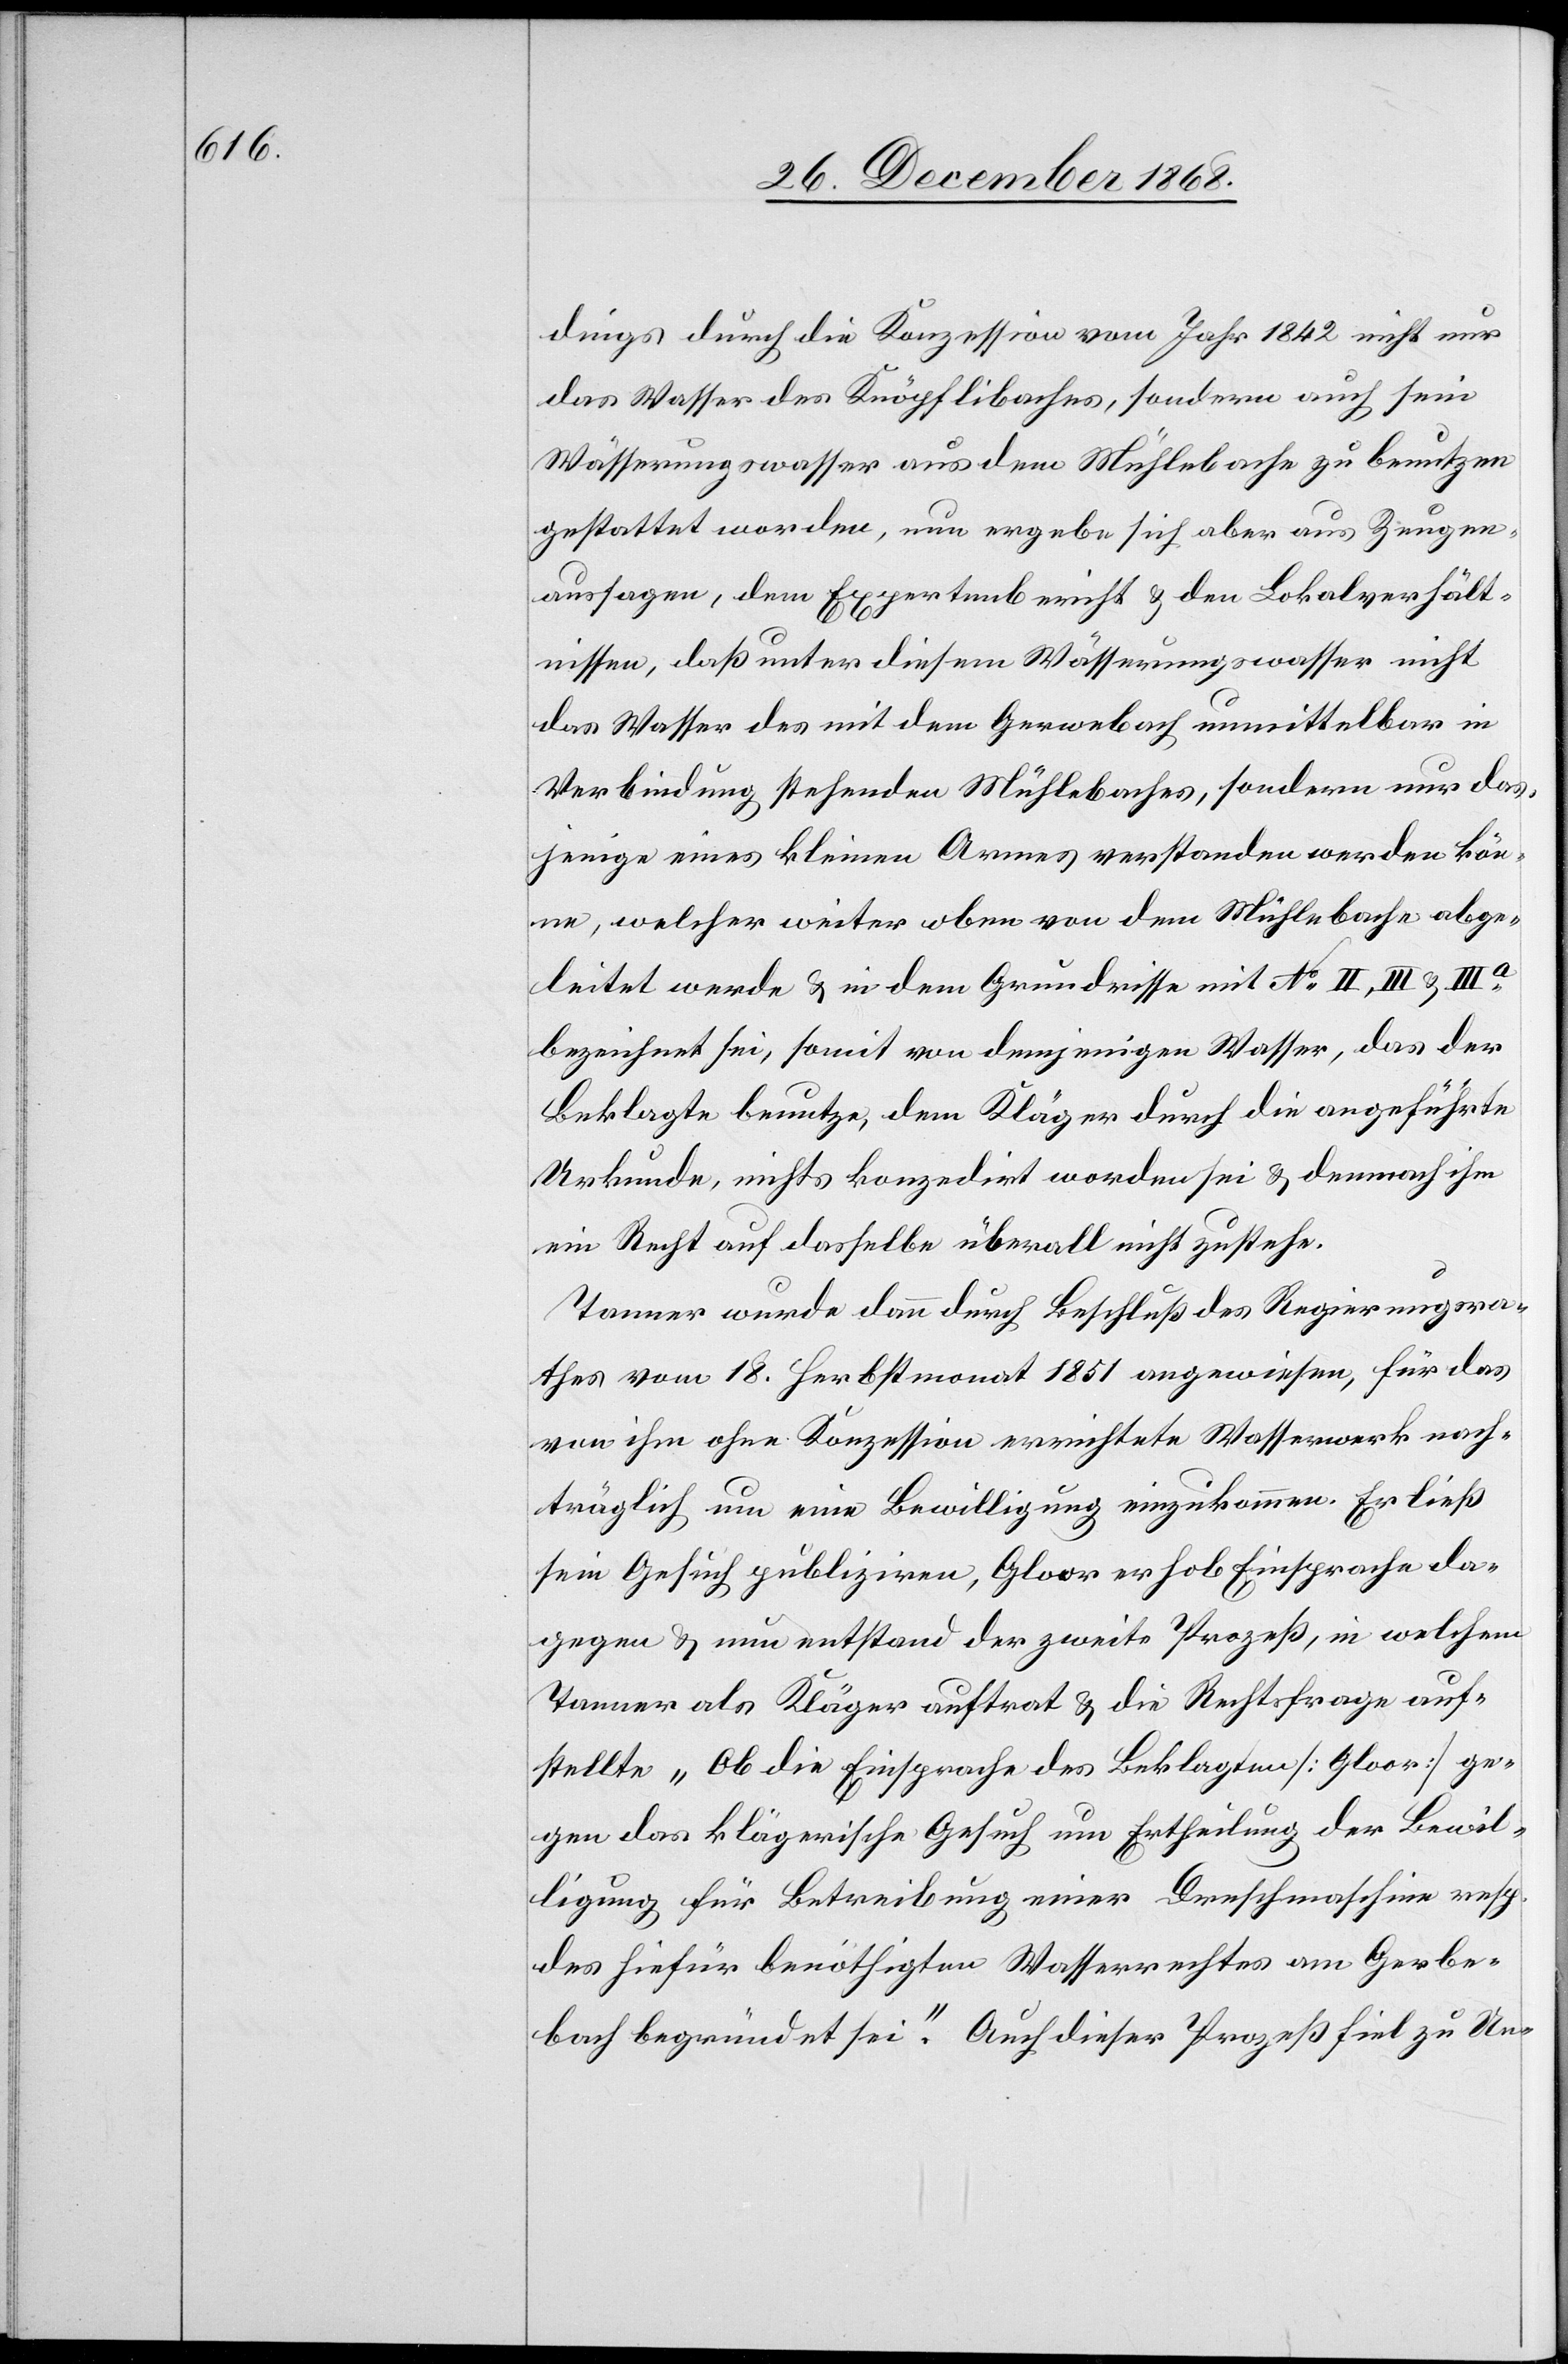
dings durch die Konzession vom Jahr 1842 nicht nur
das Wasser des Knöpflibaches, sondern auch sein
Wässerungswasser aus dem Mühlebache zu benutzen
gestattet worden, nun ergebe sich aber aus Zeugen¬
aussagen, dem Expertenbericht & den Lokalverhält¬
nissen, daß unter diesem Wässerungswasser nicht
das Wasser des mit dem Gerwebach unmittelbar in
Verbindung stehenden Mühlebaches, sondern nur das¬
jenige eines kleinen Armes verstanden werden kön¬
ne, welcher weiter oben von dem Mühlebache abge¬
leitet werde & in dem Grundrisse mit No II, III & IIIa
bezeichnet sei, somit von demjenigen Wasser, das der
Beklagte benutze, dem Kläger durch die angeführte
Urkunde, nichts konzedirt worden sei & demnach ihm
ein Recht auf dasselbe überall nicht zustehe.
Tanner wurde dann durch Beschluß des Regierungsra¬
thes vom 18. Herbstmonat 1851 angewiesen, für das
von ihm ohne Konzession errichtete Wasserwerk nach¬
träglich um eine Bewilligung einzukommen. Er ließ
sein Gesuch publiziren, Gloor erhob Einsprache da¬
gegen & nun entstand der zweite Prozeß, in welchem
Tanner als Kläger auftrat & die Rechtsfrage auf¬
stellte „Ob die Einsprache des Beklagten [Gloor] ge¬
gen das klägerische Gesuch um Ertheilung der Bewil¬
ligung für Betreibung einer Dreschmaschine resp.
des hiefür benöthigten Wasserrechtes am Gerbe¬
bach begründet sei.“ Auch dieser Prozeß fiel zu Un-